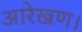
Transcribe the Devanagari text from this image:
आरेखण।